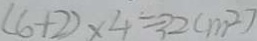
( 6 + 2 ) \times 4 = 3 2 ( m ^ { 2 } )